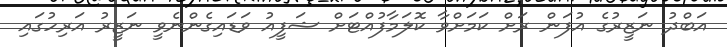
އަބްދު ނަޒީރުގެ އުފަން ރަށް ކަމަށްވާ ކޮލަމާފުއްޓަށް ޝަފީއު ވަޑައިގެންނެވީ ނަޒީރު އަރިހުގައި